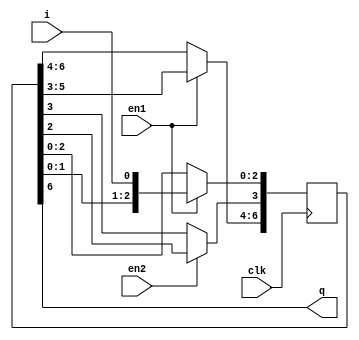
(* top *)
module multiclock (input clk, en1, en2, i, output q);
reg [6:0] r;
always @(posedge clk) begin
    if (en1) begin
        r[2:0] <= {r[1:0], i};
        r[6:4] <= r[5:3];
    end
    if (en2)
        r[3] <= r[2];
end
assign q = r[6];
endmodule

`ifndef _AUTOTB
module __test ;
    wire [4095:0] assert_area = "cd multiclock; select t:SRL* -assert-count 2; select t:FD* -assert-count 1";
endmodule
`endif